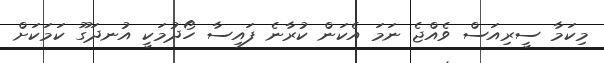
މިކަމާ ސީރިއަސް ވެއްޖެ ނަމަ އެކަން ކުރާނެ ފައިސާ ހޯދުމަކީ އުނދަގޫ ކަމަކަށް